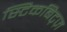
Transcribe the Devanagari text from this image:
स्टिकबिट्ज़